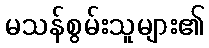
မသန်စွမ်းသူများ၏